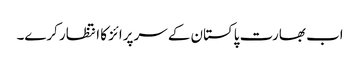
اب بھارت پاکستان کے سرپرائز کا انتظار کرے۔